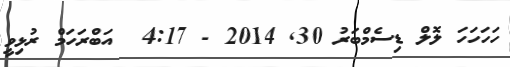
ހަހަހަހަ ލޮލް ޑިސެމްބަރު 30